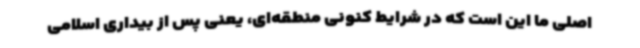
اصلی ما این است که در شرایط کنونی منطقه‌ای، یعنی پس از بیداری اسلامی